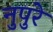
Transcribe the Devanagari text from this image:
नुपुरे